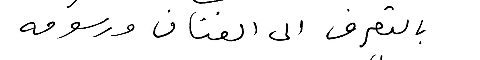
بالتعرف الى الفنان ورسومه